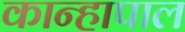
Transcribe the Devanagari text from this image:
कान्हापाल